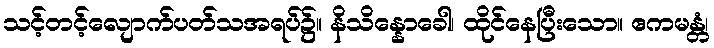
သင့်တင့်လျောက်ပတ်သအရပ်၌။ နိသိန္နောခေါ၊ ထိုင်နေပြီးသော။ ဧကမန္တံ၊